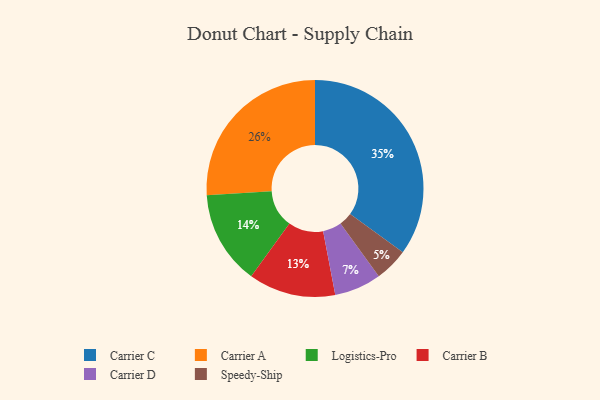
{"axis": {"x": "Category", "y": "Percentage"}, "legend": ["Carrier A", "Carrier B", "Carrier C", "Carrier D", "Logistics-Pro", "Speedy-Ship"], "data": [{"x": "Speedy-Ship", "y": 5, "type": "Speedy-Ship"}, {"x": "Carrier C", "y": 35, "type": "Carrier C"}, {"x": "Carrier A", "y": 26, "type": "Carrier A"}, {"x": "Carrier B", "y": 13, "type": "Carrier B"}, {"x": "Carrier D", "y": 7, "type": "Carrier D"}, {"x": "Logistics-Pro", "y": 14, "type": "Logistics-Pro"}]}